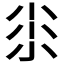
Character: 𡭯